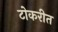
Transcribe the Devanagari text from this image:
टोकरीत